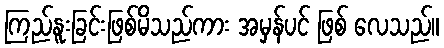
ကြည်နူးခြင်းဖြစ်မိသည်ကား အမှန်ပင် ဖြစ် လေသည်။